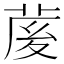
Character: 𦲘